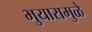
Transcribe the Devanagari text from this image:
भुयारामुळे